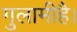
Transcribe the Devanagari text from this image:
गुलामीहै।